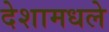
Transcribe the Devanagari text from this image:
देशामधले